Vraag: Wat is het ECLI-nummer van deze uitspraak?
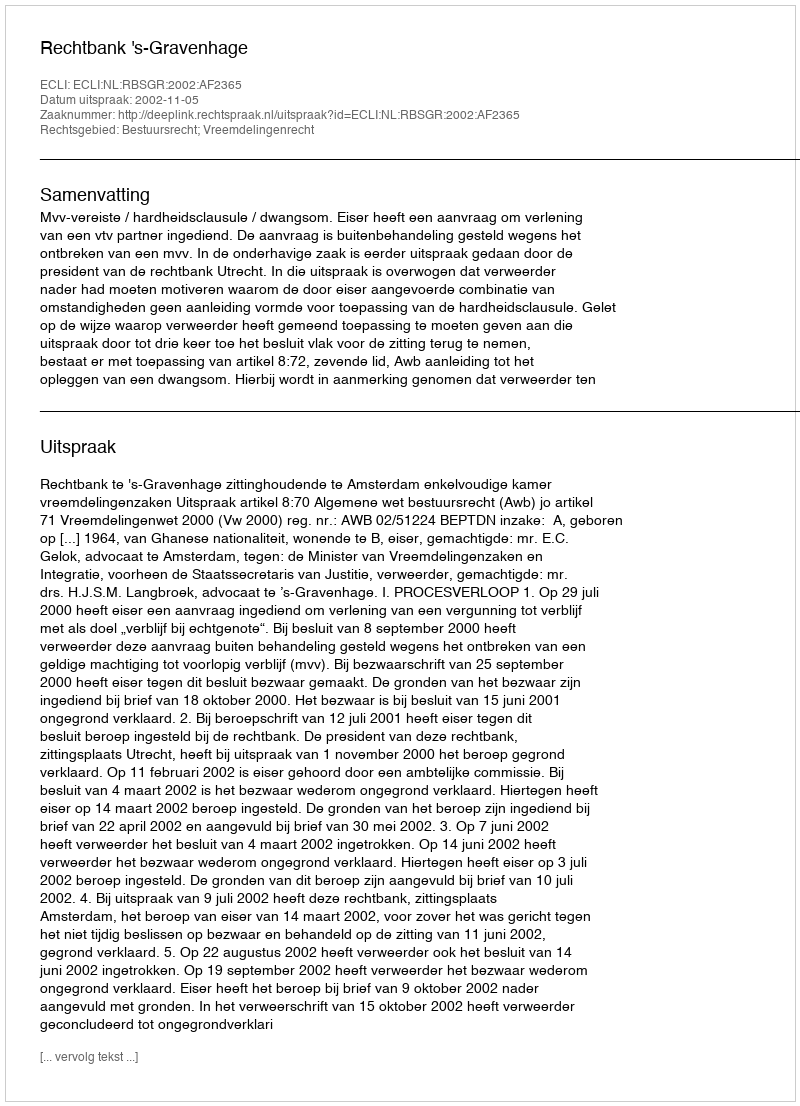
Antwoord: ECLI:NL:RBSGR:2002:AF2365